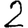
Digit: 2